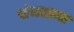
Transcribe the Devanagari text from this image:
संभलाया